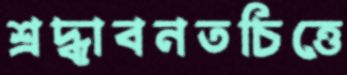
শ্রদ্ধাবনতচিত্তে